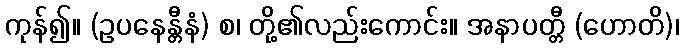
ကုန်၍။ (ဥပနေန္တီနံ) စ၊ တို့၏လည်းကောင်း။ အနာပတ္တီ (ဟောတိ)၊